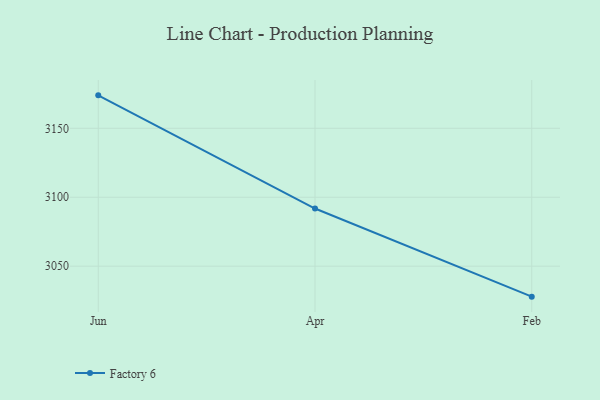
{"axis": {"x": "Month", "y": "Temperature (°C)"}, "legend": ["Factory 6"], "data": [{"x": "Jun", "y": 3173.9, "type": "Factory 6"}, {"x": "Apr", "y": 3091.8, "type": "Factory 6"}, {"x": "Feb", "y": 3027.9, "type": "Factory 6"}]}